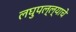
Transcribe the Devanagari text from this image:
लघुपल्ल्याचे